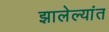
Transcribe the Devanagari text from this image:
झालेल्‍यांत